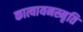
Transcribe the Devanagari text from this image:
कात्यायनस्मृति